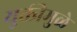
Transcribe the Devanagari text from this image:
युक्तीमुळे